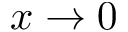
x \to 0